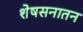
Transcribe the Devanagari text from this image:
शेषसनातन